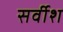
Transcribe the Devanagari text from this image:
सर्वीश